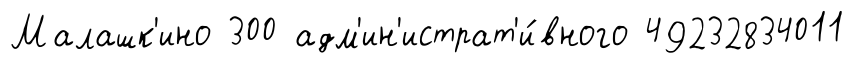
Малашк'ино 300 адм'ин'истрат'и́вного 49232834011